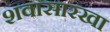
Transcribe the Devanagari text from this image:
शवासारखा